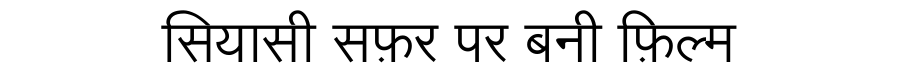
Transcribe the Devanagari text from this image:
सियासी सफ़र पर बनी फ़िल्म